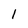
Character: 1